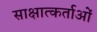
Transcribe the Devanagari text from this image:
साक्षात्कर्ताओं